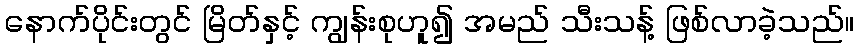
နောက်ပိုင်းတွင် မြိတ်နှင့် ကျွန်းစုဟူ၍ အမည် သီးသန့် ဖြစ်လာခဲ့သည်။